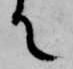
て